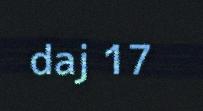
daj 17